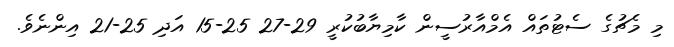
މި މެޗުގެ ސެޓުތައް އެމްއާރުސީން ކާމިޔާބުކުރީ 29-27 25-15 އަދި 25-21 އިންނެވެ.